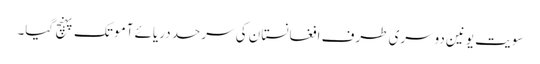
سویت یونین دوسری طرف افغانستان کی سرحد دریائے آمو تک پہنچ گیا۔